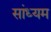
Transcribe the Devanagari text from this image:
सांध्यम